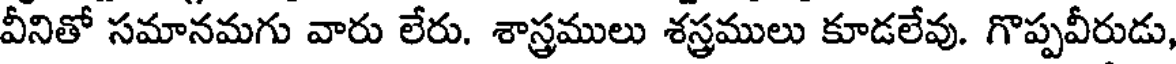
వీనితో సమానమగు వారు లేరు. శాస్త్రములు శస్త్రములు కూడలేవు. గొప్పవీరుడు,